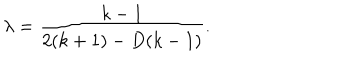
\lambda = \frac { k - 1 } { 2 ( k + 1 ) - D ( k - 1 ) } .